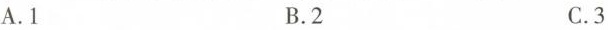
A.1 B.2 C.3